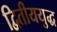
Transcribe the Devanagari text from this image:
द्वितीययुद्ध